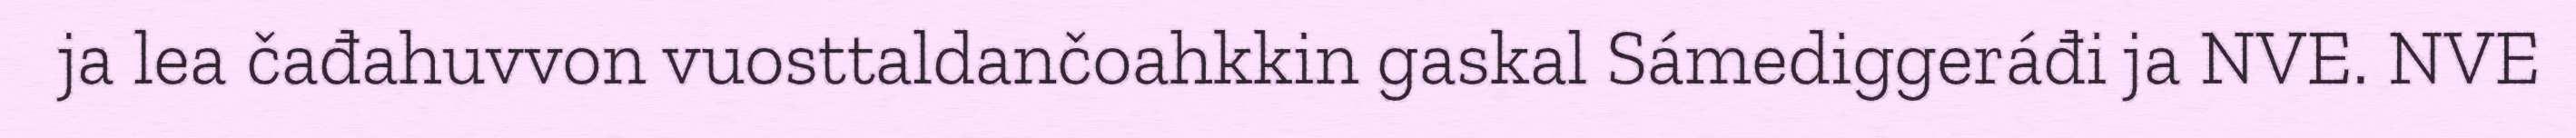
ja lea čađahuvvon vuosttaldančoahkkin gaskal Sámediggeráđi ja NVE. NVE